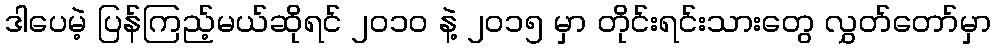
ဒါပေမဲ့ ပြန်ကြည့်မယ်ဆိုရင် ၂၀၁၀ နဲ့ ၂၀၁၅ မှာ တိုင်းရင်းသားတွေ လွှတ်တော်မှာ